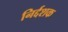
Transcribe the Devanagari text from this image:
निर्द्दशक